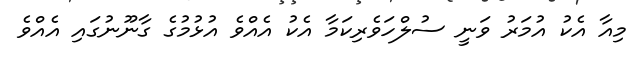
މިއާ އެކު އުމަރު ވަނީ ސުލްހަވެރިކަމާ އެކު އެއްވެ އުޅުމުގެ ގާނޫނުގައި އެއްވެ